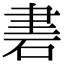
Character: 𥒠